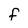
Character: f